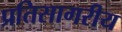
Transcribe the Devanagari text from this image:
प्रतिसागरीय